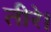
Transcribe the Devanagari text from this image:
तीरे।